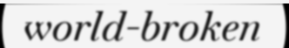
world-broken